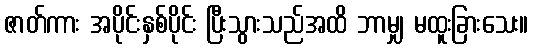
ဇာတ်ကား အပိုင်းနှစ်ပိုင်း ပြီးသွားသည်အထိ ဘာမျှ မထူးခြားသေး။